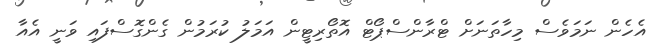
އެހެން ނަމަވެސް މިހާތަނަށް ޓްރާންސްޕޯޓް އޮތޯރިޓީން އަމަލު ކުރަމުން ގެންގޮސްފައި ވަނީ އެއާ